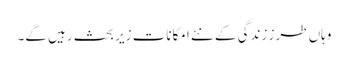
وہاں طرز زندگی کے نئے امکانات زیر بحث رہیں گے۔